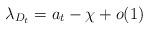
LaTeX: \begin{align*}\lambda_{D_t} = a_t - \chi + o(1) \end{align*}